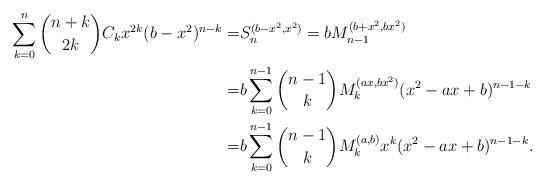
LaTeX: \begin{align*}\sum_{k=0}^{n}\binom{n+k}{2k}C_k x^{2k}(b-x^2)^{n-k}=&S_n^{(b-x^2,x^2)}=bM_{n-1}^{(b+x^2,bx^2)}\\=&b\sum_{k=0}^{n-1}\binom{n-1}{k}M_k^{(ax,bx^2)}(x^2-ax+b)^{n-1-k}\\=&b\sum_{k=0}^{n-1}\binom{n-1}{k}M_k^{(a,b)}x^k(x^2-ax+b)^{n-1-k}.\end{align*}